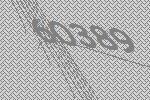
60389